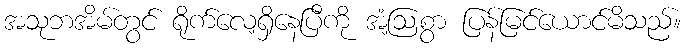
အသုဘအိမ်တွင် ရိုက်လေ့ရှိနေပြီကို အံ့ဩစွာ ပြန်မြင်ယောင်မိသည်။